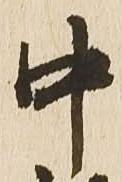
中